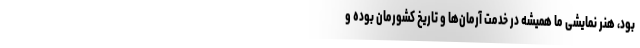
بود، هنر نمایشی ما همیشه در خدمت آرمان‌ها و تاریخ کشورمان بوده و